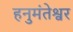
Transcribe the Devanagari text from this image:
हनुमंतेश्वर